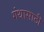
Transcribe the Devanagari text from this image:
गंथासाठी